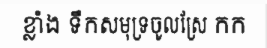
ខ្លាំង ទឹកសមុទ្រចូលស្រែ កក